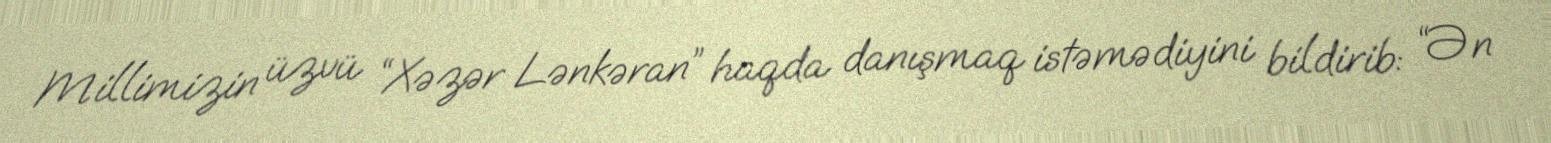
Millimizin üzvü “Xəzər Lənkəran” haqda danışmaq istəmədiyini bildirib: “Ən